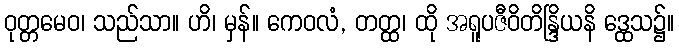
ဝုတ္တမေဝ၊ သည်သာ။ ဟိ၊ မှန်။ ကေဝလံ, တတ္ထ၊ ထို အရူပဇီဝိတိန္ဒြိယနိ ဒ္ထေသ၌။